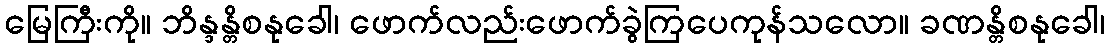
မြေကြီးကို။ ဘိန္ဒန္တိစနုခေါ၊ ဖောက်လည်းဖောက်ခွဲကြပေကုန်သလော။ ခဏန္တိစနုခေါ၊